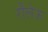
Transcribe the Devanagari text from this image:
रौलेऊ